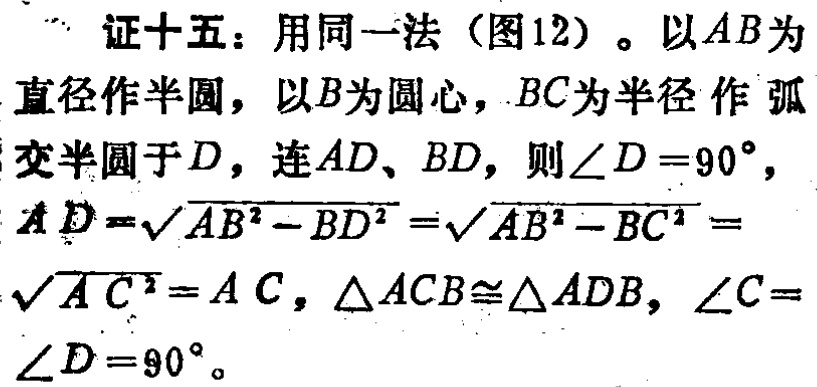
证十五：用同一法（图12）。以\(AB\)为直径作半圆，以\(B\)为圆心，\(BC\)为半径作弧交半圆于\(D\)，连\(AD\)、\(BD\)，则\(\angle D = 90^{\circ}\)，\(AD=\sqrt{AB^{2}-BD^{2}}=\sqrt{AB^{2}-BC^{2}}=\sqrt{AC^{2}} = AC\)，\(\triangle ACB\cong\triangle ADB\)，\(\angle C=\angle D = 90^{\circ}\)。